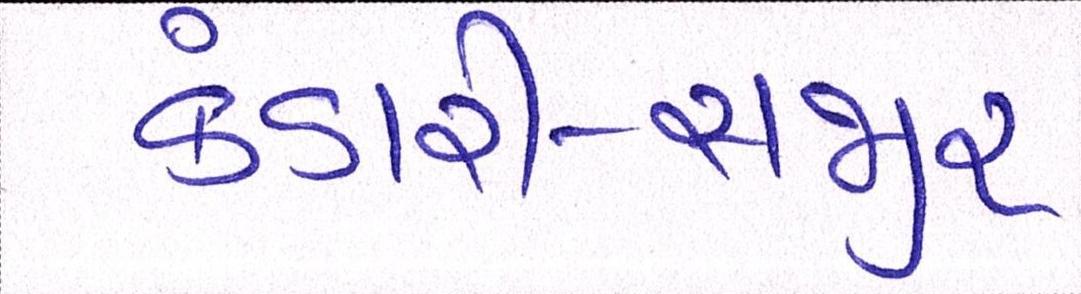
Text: કંડારી-સજીર્